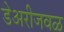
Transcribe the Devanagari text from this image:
डेअरीजवळ